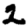
Digit: 2